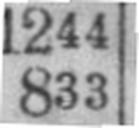
833